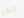
خنازير